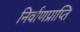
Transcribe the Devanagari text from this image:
निर्वाणप्राप्ति